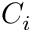
C _ { i }